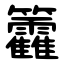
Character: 籱